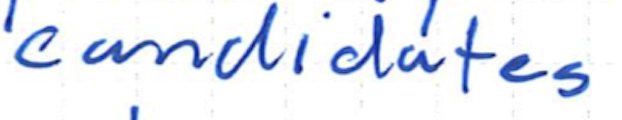
Text: candidates
Cross-out: clean
Writing tool: ballpoint